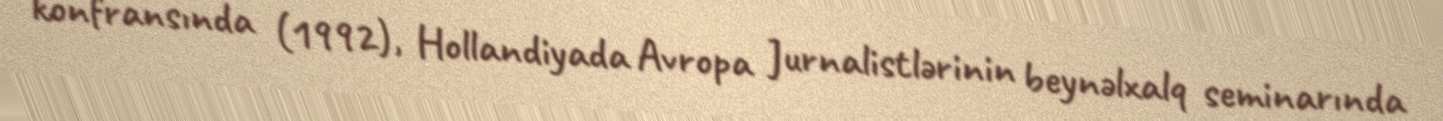
konfransında (1992), Hollandiyada Avropa Jurnalistlərinin beynəlxalq seminarında